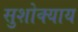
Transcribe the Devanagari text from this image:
सुशोक्याय